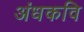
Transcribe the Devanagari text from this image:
अंधकवि